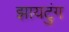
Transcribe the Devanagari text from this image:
झायटुंग